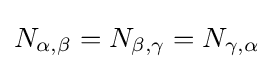
N_{\alpha ,\beta }=N_{\beta ,\gamma }=N_{\gamma ,\alpha }